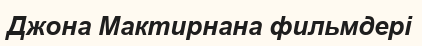
Джона Мактирнана фильмдері